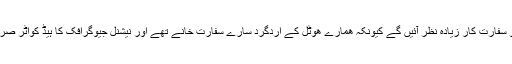
واشنگٹن ڈی سی میں آپ کو سفارت کار زیادہ نظر آئیں گے کیونکہ ھمارے ھوٹل کے اردگرد سارے سفارت خانے تھے اور نیشنل جیوگرافک کا ہیڈ کواٹر صرف دو منٹ کی واک پر تھا۔